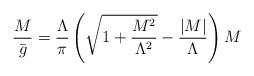
LaTeX: \begin{align*}{\frac{ M }{ {\bar g}}}={\frac {\Lambda}{\pi}} \left( {\sqrt{1 + {\frac{M^2}{ \Lambda^2}}}}-{\frac {\vert M \vert}{\Lambda}} \right) M\end{align*}